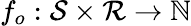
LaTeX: f_{o}:\mathcal{S}\times\mathcal{R}\to\mathbb{N}